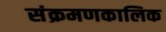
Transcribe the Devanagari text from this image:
संक्रमणकालिक